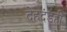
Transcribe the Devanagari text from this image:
देहदंडही